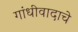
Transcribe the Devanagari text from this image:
गांधीवादाचे